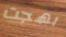
بهجت